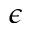
\epsilon